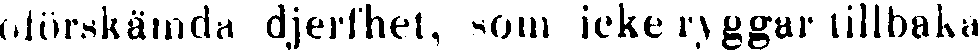
oförskämda djerfhet, som icke ryggar tillbaka